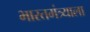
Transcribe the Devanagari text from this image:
भारतमंत्र्याला